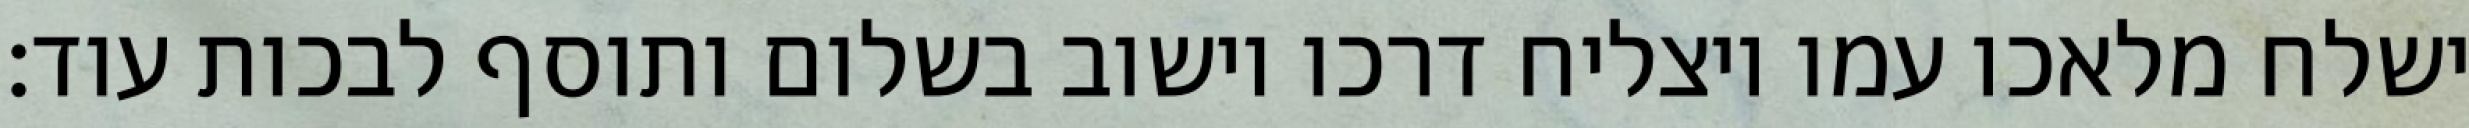
ישלח מלאכו עמו ויצליח דרכו וישוב בשלום ותוסף לבכות עוד: